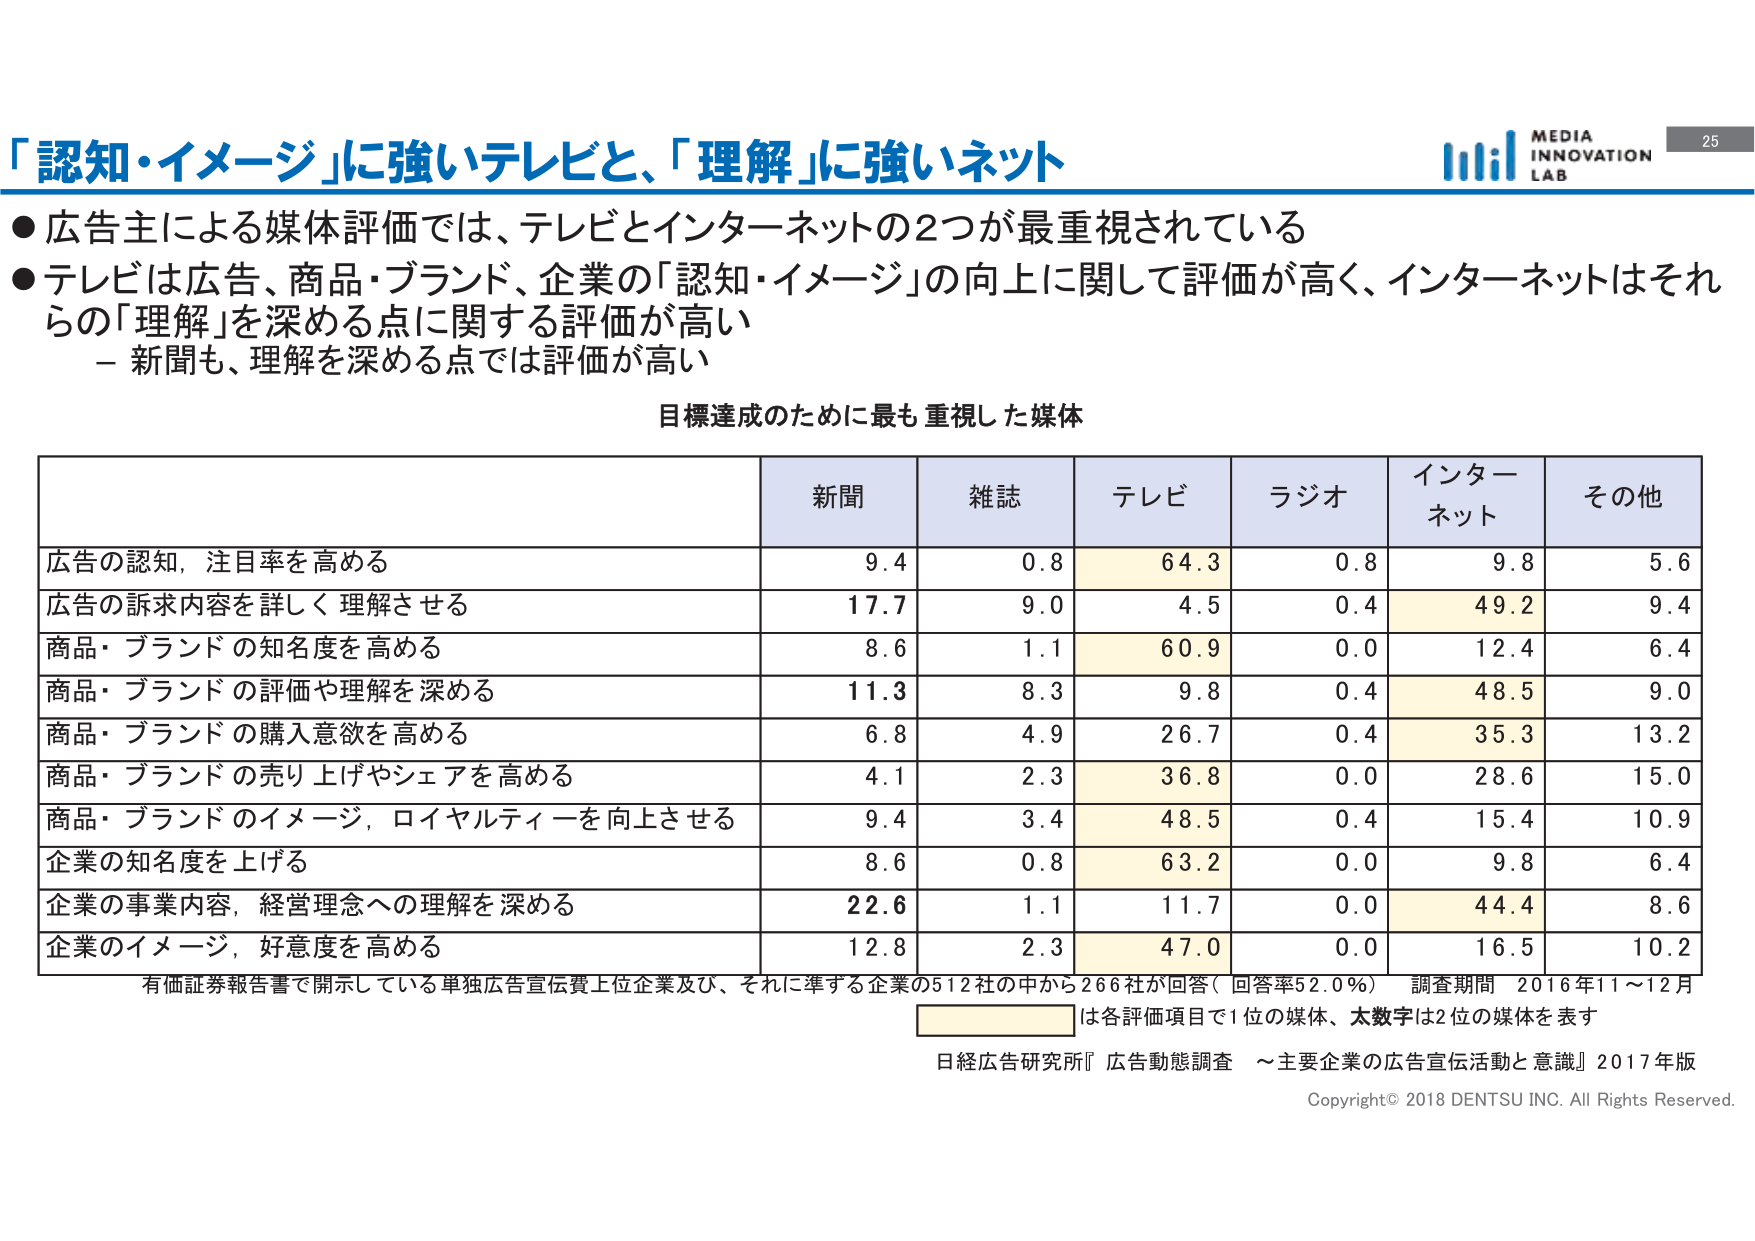
「認知・イメージ」に強いテレビと、「理解」に強いネット

● 広告主による媒体評価では、テレビとインターネットの2つが最重視されている
● テレビは広告、商品・ブランド、企業の「認知・イメージ」の向上に関して評価が高く、インターネットはそれらの「理解」を深める点に関する評価が高い
　－ 新聞も、理解を深める点では評価が高い

目標達成のために最も重視した媒体

| | 新聞 | 雑誌 | テレビ | ラジオ | インターネット | その他 |
|---|---|---|---|---|---|---|
| 広告の認知，注目率を高める | 9.4 | 0.8 | 64.3 | 0.8 | 9.8 | 5.6 |
| 広告の訴求内容を詳しく理解させる | 17.7 | 9.0 | 4.5 | 0.4 | 49.2 | 9.4 |
| 商品・ブランドの知名度を高める | 8.6 | 1.1 | 60.9 | 0.0 | 12.4 | 6.4 |
| 商品・ブランドの評価や理解を深める | 11.3 | 8.3 | 9.8 | 0.4 | 48.5 | 9.0 |
| 商品・ブランドの購入意欲を高める | 6.8 | 4.9 | 26.7 | 0.4 | 35.3 | 13.2 |
| 商品・ブランドの売り上げやシェアを高める | 4.1 | 2.3 | 36.8 | 0.0 | 28.6 | 15.0 |
| 商品・ブランドのイメージ，ロイヤルティーを向上させる | 9.4 | 3.4 | 48.5 | 0.4 | 15.4 | 10.9 |
| 企業の知名度を上げる | 8.6 | 0.8 | 63.2 | 0.0 | 9.8 | 6.4 |
| 企業の事業内容，経営理念への理解を深める | 22.6 | 1.1 | 11.7 | 0.0 | 44.4 | 8.6 |
| 企業のイメージ，好意度を高める | 12.8 | 2.3 | 47.0 | 0.0 | 16.5 | 10.2 |

有価証券報告書で開示している単独広告宣伝費上位企業及び、それに準ずる企業の512社の中から266社が回答（回答率52.0％） 調査期間 2016年11～12月
は各評価項目で1位の媒体、太数字は2位の媒体を表す

日経広告研究所『広告動態調査 ～主要企業の広告宣伝活動と意識』2017年版

Copyright© 2018 DENTSU INC. All Rights Reserved.

MEDIA INNOVATION LAB
25